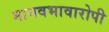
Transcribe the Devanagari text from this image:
मानवभावारोपी